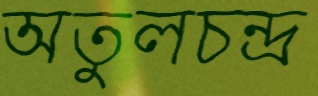
অতুলচন্দ্র